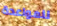
للمواعدة